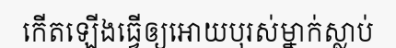
កើតឡើងធ្វើឲ្យអោយបុរស់ម្នាក់ស្លាប់